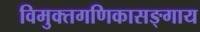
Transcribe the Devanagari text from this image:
विमुक्तगणिकासङ्गाय